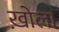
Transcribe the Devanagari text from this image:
ख़ोला